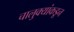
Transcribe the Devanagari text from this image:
चालुक्यांकडून